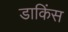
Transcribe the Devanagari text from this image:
डाकिंस